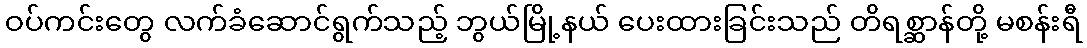
ဝပ်ကင်းတွေ လက်ခံဆောင်ရွက်သည့် ဘွယ်မြို့နယ် ပေးထားခြင်းသည် တိရစ္ဆာန်တို့ မစန်းရီ